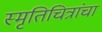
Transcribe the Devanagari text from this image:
स्मृतिचित्रांचा